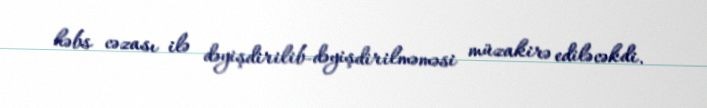
həbs cəzası ilə dəyişdirilib-dəyişdirilməməsi müzakirə ediləcəkdi.